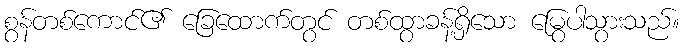
စွန်တစ်ကောင်၏ ခြေထောက်တွင် တစ်ထွာခန့်ရှိသော မြွေပါသွားသည်။